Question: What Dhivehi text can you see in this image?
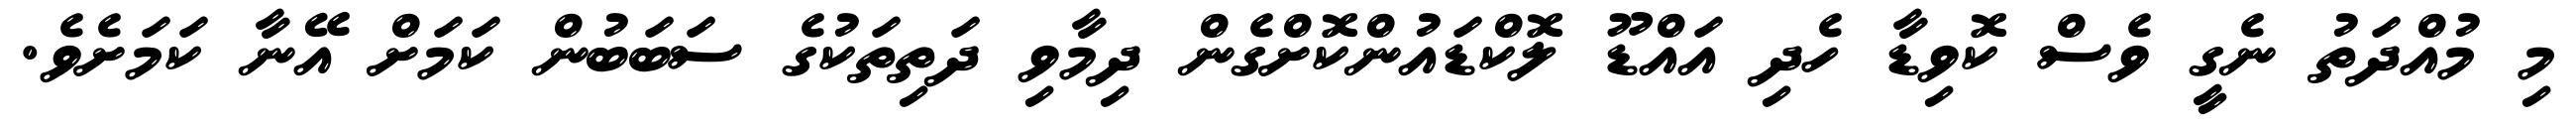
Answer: މި މުއްދަތު ނެގީ ވެސް ކޮވިޑާ ހެދި އައްޑޫ ލޮކްޑައުންކޮށްގެން ދިމާވި ދަތިތަކުގެ ސަބަބުން ކަމަށް އޭނާ ކަމަށެވެ.